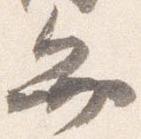
弁